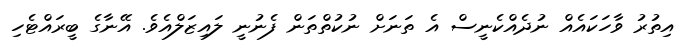
އިތުރު ވާހަކައެއް ނުދެއްކެނީސް އެ ތަނަށް ނުކުތްތަން ފެނުނީ ލައިޒަލްއެވެ. އޭނާގެ ބީރައްޓެހި